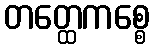
တတ္ထေကစ္စေ